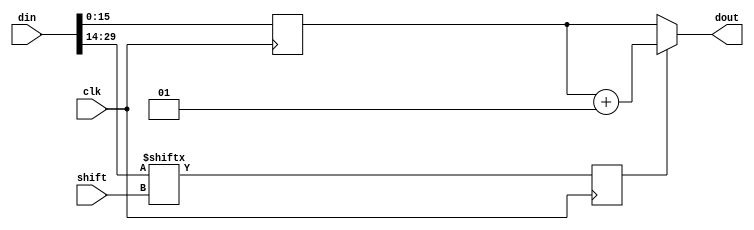
module cal_scale_shift
(
	input clk,
	input signed [31:0] din,
	input [3:0] shift,
	output signed [15:0] dout
);
	wire trunc;
	reg trunc_reg;
	wire [15:0] din_up;
	reg signed [15:0] dout_tmp;
	assign din_up=din[29:14];
	assign trunc=din_up[shift];
	
	always@(posedge clk) begin
		// dout_tmp<=(din>>>(15+shift));
		dout_tmp<=din;
		trunc_reg<=trunc;
	end
	assign dout=(trunc_reg==1'b1)?(dout_tmp+1):(dout_tmp);
endmodule